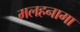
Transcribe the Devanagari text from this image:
मलहनामा